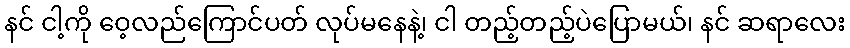
နင် ငါ့ကို ဝေ့လည်ကြောင်ပတ် လုပ်မနေနဲ့၊ ငါ တည့်တည့်ပဲပြောမယ်၊ နင် ဆရာလေး